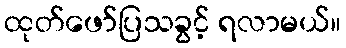
ထုတ်ဖော်ပြသခွင့် ရလာမယ်။